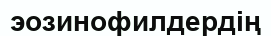
эозинофилдердің